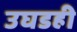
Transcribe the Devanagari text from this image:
उघडही